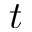
t